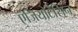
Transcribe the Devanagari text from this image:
एंजियोटेंसिन